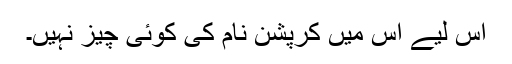
اس لیے اس میں کرپشن نام کی کوئی چیز نہیں۔